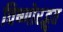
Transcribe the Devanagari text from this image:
विष्णोरद्भुत